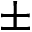
\pm